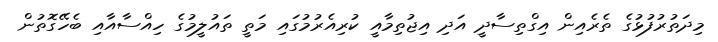
މިދަތުރުފުޅުގެ ތެރެއިން އިގްތިސާދީ އަދި އިޖުތިމާއީ ކުރިއެރުމުގައި މަތީ ތައުލީމުގެ ހިއްސާއާއި ބެހޭގޮތުން